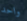
واحد